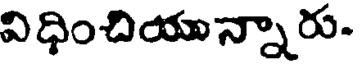
విధించియున్నారు-